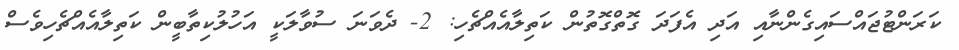
ކަރަންޓުޖައްސައިގެންނާއި އަދި އެފަދަ ގޮތްގޮތުން ކަތިލާއެއްޗެހި: 2- ދެވަނަ ސުވާލަކީ އަހުލުކިތާބީން ކަތިލާއެއްޗެހިވެސް